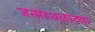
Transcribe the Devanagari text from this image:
जन्मस्थळाच्या